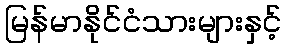
မြန်မာနိုင်ငံသားများနှင့်